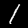
Digit: 1